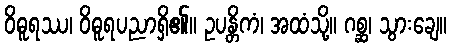
ဝိဓူရဿ၊ ဝိဓူရပညာရှိ၏။ ဥပန္တိကံ၊ အထံသို့။ ဂစ္ဆ၊ သွားချေ။